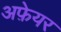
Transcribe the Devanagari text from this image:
अफ़ेयर